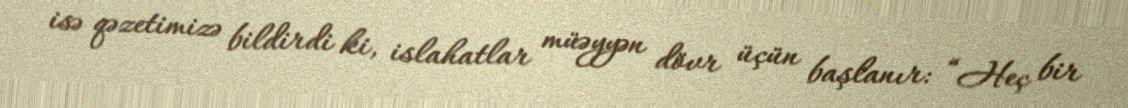
isə qəzetimizə bildirdi ki, islahatlar müəyyən dövr üçün başlanır: “Heç bir